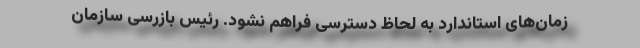
زمان‌های استاندارد به لحاظ دسترسی فراهم نشود. رئیس بازرسی سازمان